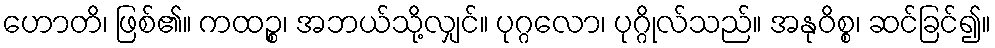
ဟောတိ၊ ဖြစ်၏။ ကထဉ္စ၊ အဘယ်သို့လျှင်။ ပုဂ္ဂလော၊ ပုဂ္ဂိုလ်သည်။ အနုဝိစ္စ၊ ဆင်ခြင်၍။